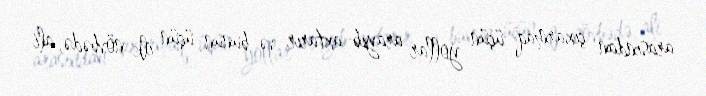
arasından çıxarmaq üçün yollar arayıb-axtarır və bunun üçün ilk növbədə, ali